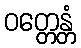
ဝတ္တေန္တံ